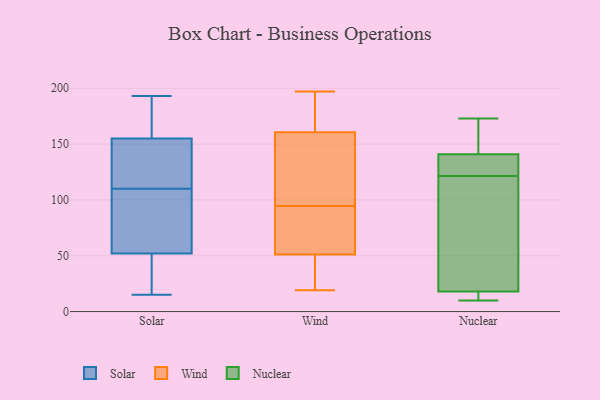
{"axis": {"x": "Conversion Rate (%)", "y": "Value"}, "legend": ["Nuclear", "Solar", "Wind"], "data": [{"x": "", "y": 117, "type": "Solar"}, {"x": "", "y": 162, "type": "Solar"}, {"x": "", "y": 15, "type": "Solar"}, {"x": "", "y": 125, "type": "Solar"}, {"x": "", "y": 177, "type": "Solar"}, {"x": "", "y": 92, "type": "Solar"}, {"x": "", "y": 85, "type": "Solar"}, {"x": "", "y": 26, "type": "Solar"}, {"x": "", "y": 55, "type": "Solar"}, {"x": "", "y": 148, "type": "Solar"}, {"x": "", "y": 163, "type": "Solar"}, {"x": "", "y": 103, "type": "Solar"}, {"x": "", "y": 90, "type": "Solar"}, {"x": "", "y": 31, "type": "Solar"}, {"x": "", "y": 49, "type": "Solar"}, {"x": "", "y": 124, "type": "Solar"}, {"x": "", "y": 166, "type": "Solar"}, {"x": "", "y": 134, "type": "Solar"}, {"x": "", "y": 49, "type": "Solar"}, {"x": "", "y": 193, "type": "Solar"}, {"x": "", "y": 38, "type": "Wind"}, {"x": "", "y": 132, "type": "Wind"}, {"x": "", "y": 131, "type": "Wind"}, {"x": "", "y": 34, "type": "Wind"}, {"x": "", "y": 186, "type": "Wind"}, {"x": "", "y": 51, "type": "Wind"}, {"x": "", "y": 19, "type": "Wind"}, {"x": "", "y": 119, "type": "Wind"}, {"x": "", "y": 140, "type": "Wind"}, {"x": "", "y": 64, "type": "Wind"}, {"x": "", "y": 197, "type": "Wind"}, {"x": "", "y": 33, "type": "Wind"}, {"x": "", "y": 68, "type": "Wind"}, {"x": "", "y": 195, "type": "Wind"}, {"x": "", "y": 51, "type": "Wind"}, {"x": "", "y": 188, "type": "Wind"}, {"x": "", "y": 159, "type": "Wind"}, {"x": "", "y": 70, "type": "Wind"}, {"x": "", "y": 162, "type": "Wind"}, {"x": "", "y": 51, "type": "Wind"}, {"x": "", "y": 10, "type": "Nuclear"}, {"x": "", "y": 22, "type": "Nuclear"}, {"x": "", "y": 130, "type": "Nuclear"}, {"x": "", "y": 127, "type": "Nuclear"}, {"x": "", "y": 116, "type": "Nuclear"}, {"x": "", "y": 16, "type": "Nuclear"}, {"x": "", "y": 18, "type": "Nuclear"}, {"x": "", "y": 173, "type": "Nuclear"}, {"x": "", "y": 162, "type": "Nuclear"}, {"x": "", "y": 141, "type": "Nuclear"}]}